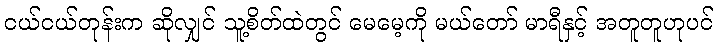
ငယ်ငယ်တုန်းက ဆိုလျှင် သူ့စိတ်ထဲတွင် မေမေ့ကို မယ်တော် မာရီနှင့် အတူတူဟုပင်